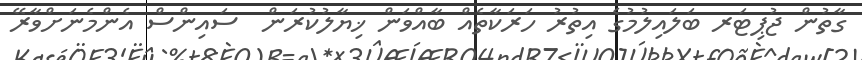
ގާތުން ޖުޕިޓަރ ބަލައިލުމުގެ އިތުރު ހަރަކާތެއް ބާއްވަން ޚިޔާލުކުރަން  ސައިންސް އެންމެނަށްވާރޭ